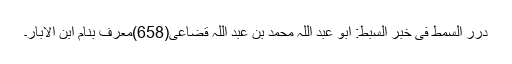
درر السمط فی خبر السبط: ابو عبد اللہ محمد بن عبد اللہ قضاعی(658)معرف بنام ابن الابار۔